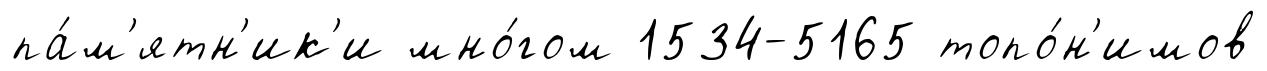
па́м'ятн'ик'и мно́гом 1534-5165 топо́н'имов